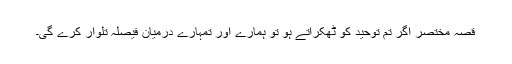
قصہ مختصر اگر تم توحید کو ٹھکراتے ہو تو ہمارے اور تمہارے درمیان فیصلہ تلوار کرے گی۔